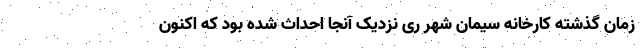
زمان گذشته کارخانه سیمان شهر ری نزدیک آنجا احداث شده بود که اکنون